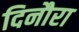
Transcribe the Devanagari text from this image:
दिनौरा